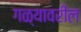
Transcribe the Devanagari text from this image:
गळ्यावरील